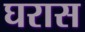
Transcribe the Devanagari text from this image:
घरास